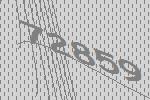
72859